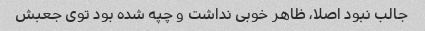
جالب نبود اصلا، ظاهر خوبی نداشت و چپه شده بود توی جعبش